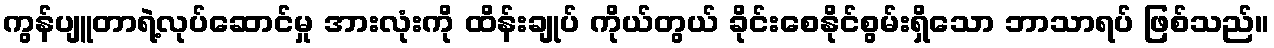
ကွန်ပျူတာရဲ့လုပ်ဆောင်မှု အားလုံးကို ထိန်းချုပ် ကိုယ်တွယ် ခိုင်းစေနိုင်စွမ်းရှိသော ဘာသာရပ် ဖြစ်သည်။